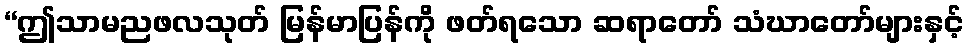
“ဤသာမညဖလသုတ် မြန်မာပြန်ကို ဖတ်ရသော ဆရာတော် သံဃာတော်များနှင့်